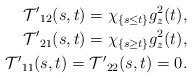
LaTeX: \begin{align*}\mathcal{T'}_{12} (s, t) = \chi_{\{s \leq t\}} g_z^2 (t) ,\\\mathcal{T'}_{21} (s, t) = \chi_{\{s \geq t\}} g_z^2 (t),\\\mathcal{T'}_{11} (s, t) = \mathcal{T'}_{22} (s, t) = 0. \end{align*}